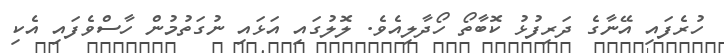
ހުރެފައި އޭނާގެ ދަރިފުޅު ކޮބާތޯ ހޯދާލިއެވެ. ލޮލުގައި އަޅައި ނުގަތުމުން ހާސްވެފައި އެކި